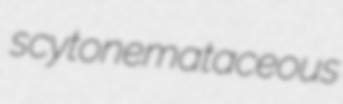
scytonemataceous